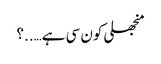
منجھلی کون سی ہے…..؟